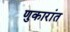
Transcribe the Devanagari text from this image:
णुकारांत